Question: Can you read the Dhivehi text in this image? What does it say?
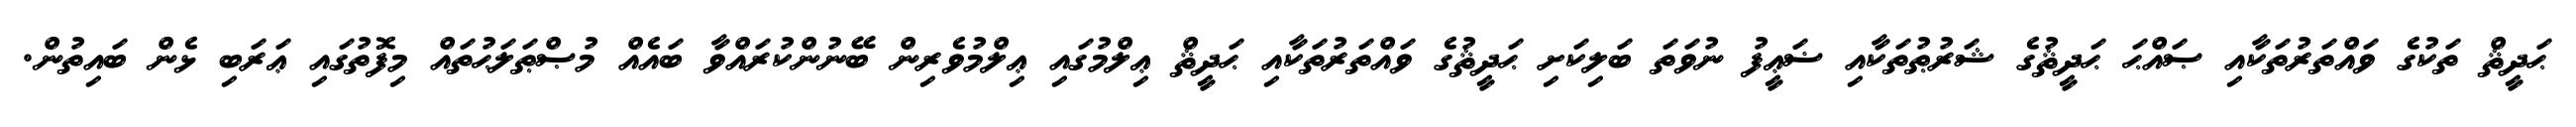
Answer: ޙަދީޘް ތަކުގެ ވައްތަރުތަކާއި ޞައްޙަ ޙަދީޘުގެ ޝަރުޠުތަކާއި ޟަޢީފު ނުވަތަ ބަލިކަށި ޙަދީޘުގެ ވައްތަރުތަކާއި ޙަދީޘް ޢިލްމުގައި ޢިލްމުވެރިން ބޭނުންކުރައްވާ ބައެއް މުޞްޠަލަޙުތައް މިފޮތުގައި ޢަރަބި ޅެން ބައިތުން.